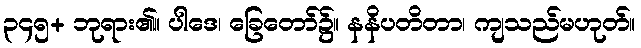
၃၄၅+ ဘုရား၏။ ပါဒေ၊ ခြေတော်၌။ နနိပတိတာ၊ ကျသည်မဟုတ်။